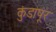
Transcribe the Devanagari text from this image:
कुंडापूर